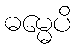
ဓမ္မေပိ